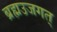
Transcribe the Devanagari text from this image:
ब्रह्मउजगत्